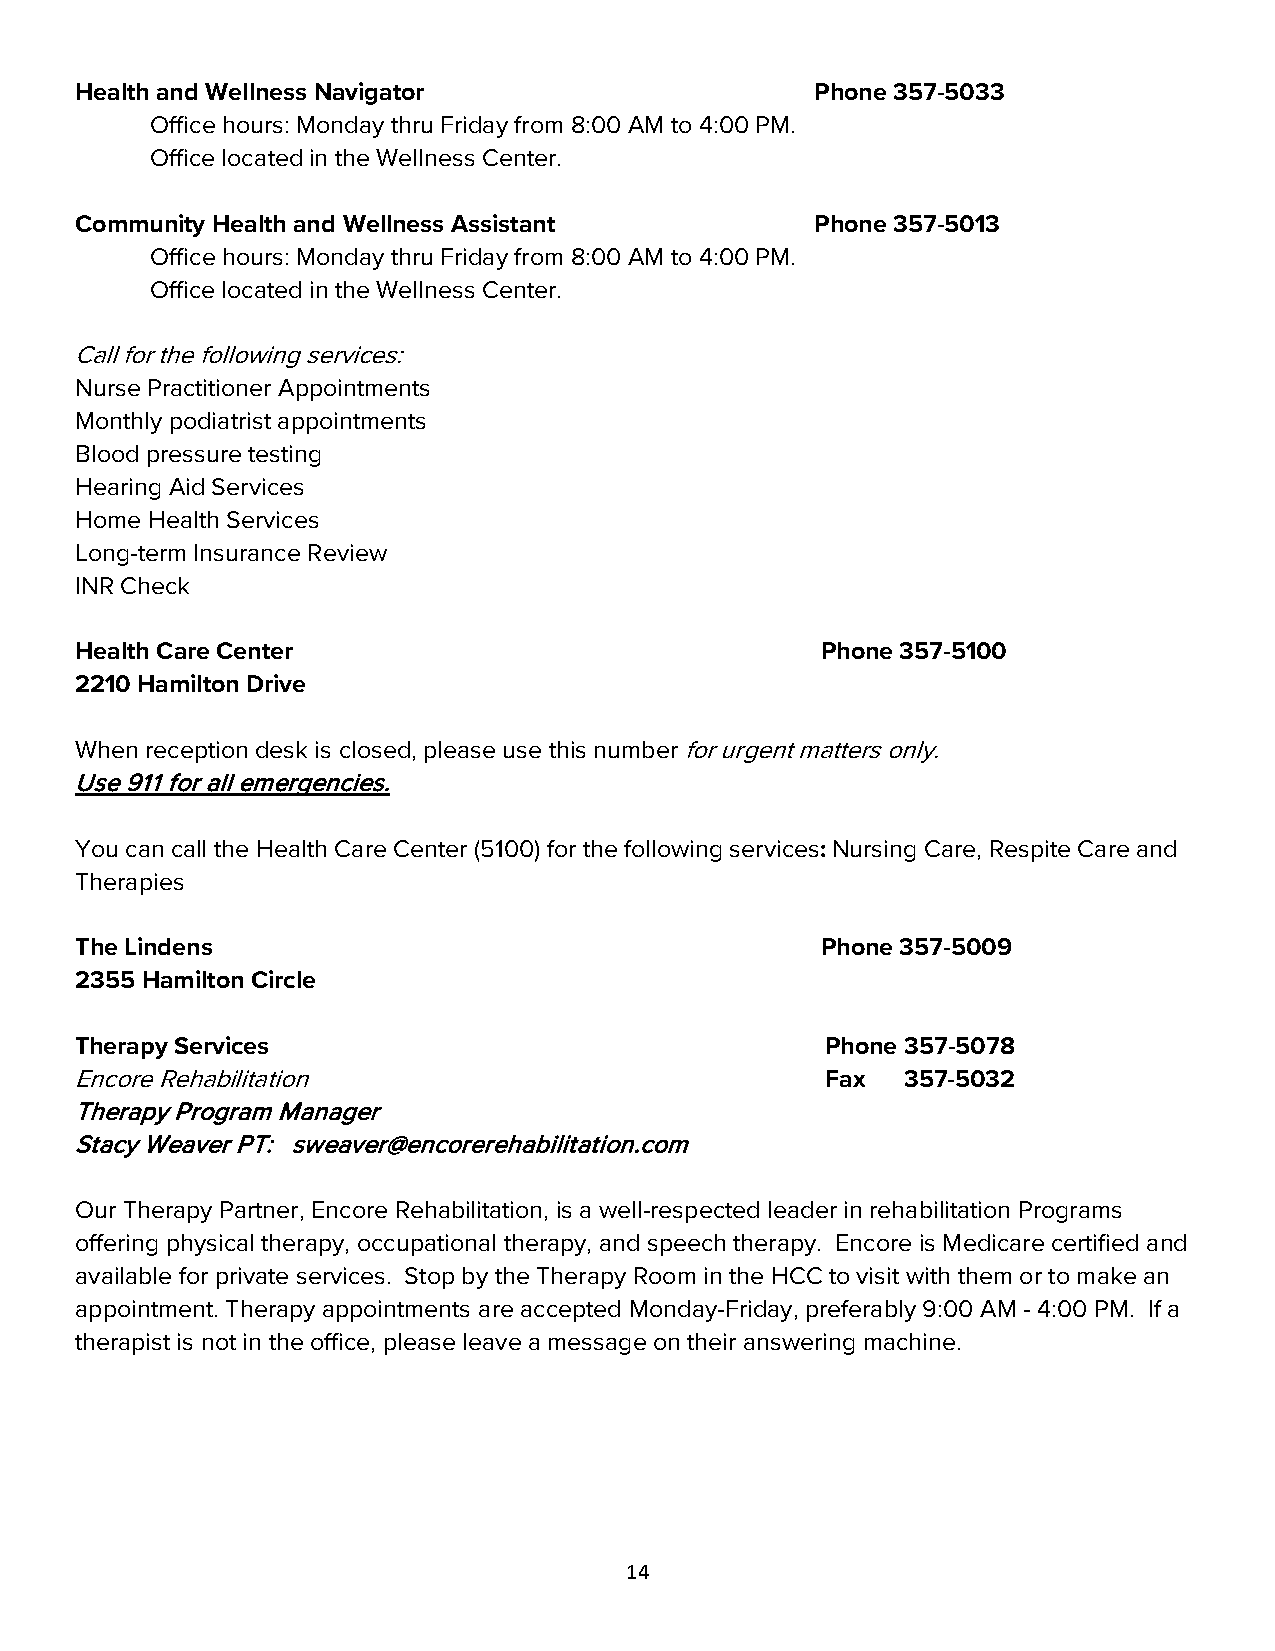
Health and Wellness Navigator                    Phone 357-5033
 Office hours: Monday thru Friday from 8:00 AM to 4:00 PM.
 Office located in the Wellness Center.
 Community Health and Wellness Assistant          Phone 357-5013
 Office hours: Monday thru Friday from 8:00 AM to 4:00 PM.
 Office located in the Wellness Center.
 Call for the following services:
 Nurse Practitioner Appointments
 Monthly podiatrist appointments
 Blood pressure testing
 Hearing Aid Services
 Home Health Services
 Long-term Insurance Review
 INR Check
 Health Care Center                               Phone 357-5100
 2210 Hamilton Drive
 When reception desk is closed, please use this number for urgent matters only.
 Use 911 for all emergencies.
 You can call the Health Care Center (5100) for the following services: Nursing Care, Respite Care and
 Therapies
 The Lindens                                      Phone 357-5009
 2355 Hamilton Circle
 Therapy Services                                  Phone 357-5078
 Encore Rehabilitation                             Fax  357-5032
 Therapy Program Manager
 Stacy Weaver PT: sweaver@encorerehabilitation.com
 Our Therapy Partner, Encore Rehabilitation, is a well-respected leader in rehabilitation Programs
 offering physical therapy, occupational therapy, and speech therapy. Encore is Medicare certified and
 available for private services. Stop by the Therapy Room in the HCC to visit with them or to make an
 appointment. Therapy appointments are accepted Monday-Friday, preferably 9:00 AM - 4:00 PM. If a
 therapist is not in the office, please leave a message on their answering machine.
 14